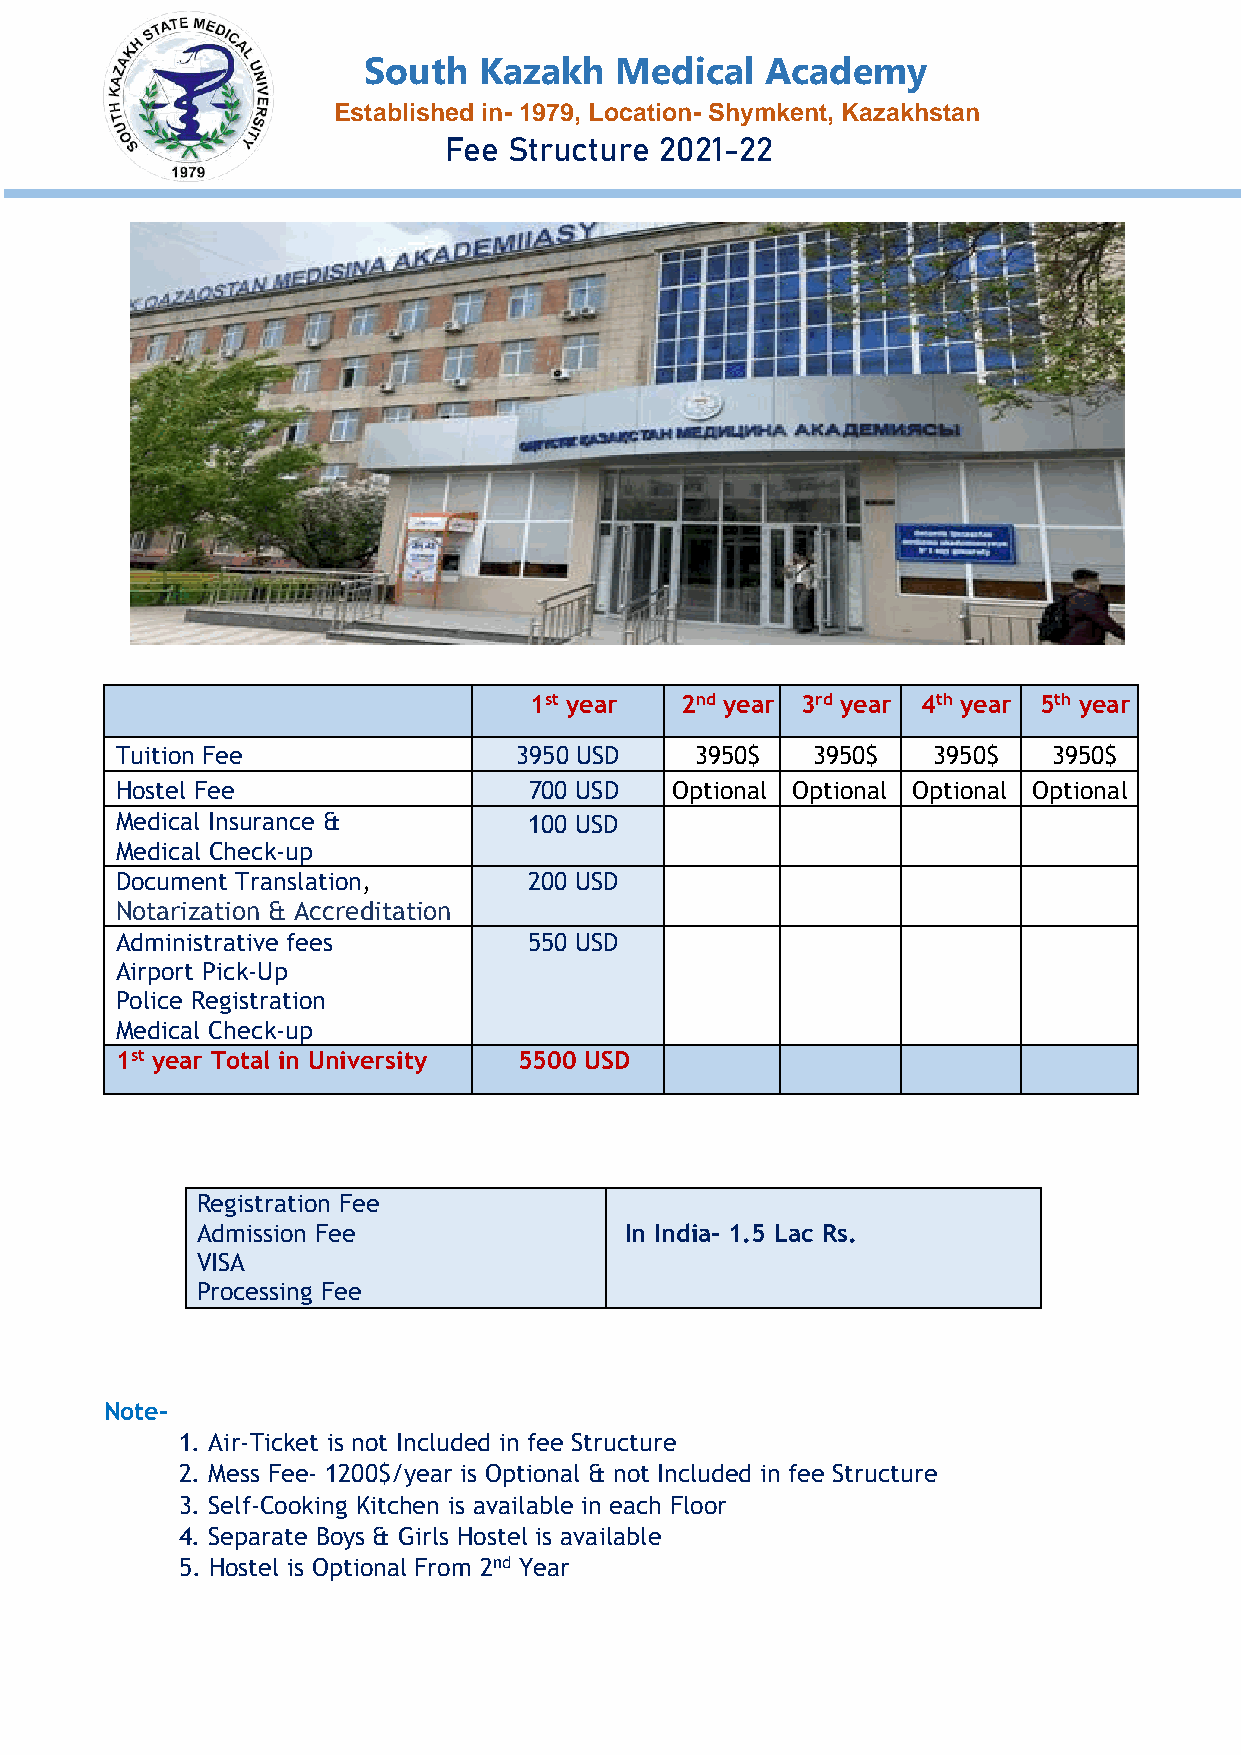
South   Kazakh   Medical   Academy
 Established in- 1979, Location- Shymkent, Kazakhstan
 Fee  Structure 2021-22
 1st year  2nd year 3rd year 4th year 5th year
 Tuition Fee               3950 USD    3950$   3950$   3950$   3950$
 Hostel Fee                 700 USD  Optional Optional Optional Optional
 Medical Insurance &        100 USD
 Medical Check-up
 Document Translation,      200 USD
 Notarization & Accreditation
 Administrative fees        550 USD
 Airport Pick-Up
 Police Registration
 Medical Check-up
 1st year Total in University 5500 USD
 Registration Fee
 Admission Fee               In India- 1.5 Lac Rs.
 VISA
 Processing Fee
 Note-
 1. Air-Ticket is not Included in fee Structure
 2. Mess Fee- 1200$/year is Optional & not Included in fee Structure
 3. Self-Cooking Kitchen is available in each Floor
 4. Separate Boys & Girls Hostel is available
 5. Hostel is Optional From 2nd Year